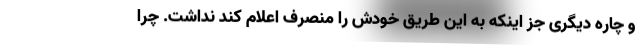
و چاره دیگری جز اینکه به این طریق خودش را منصرف اعلام کند نداشت. چرا